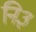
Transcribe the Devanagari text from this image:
नि३